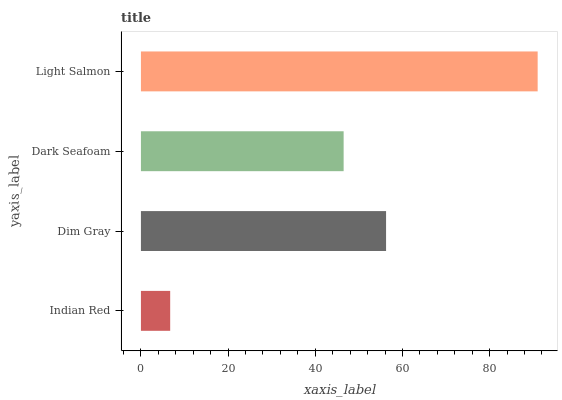
| yaxis_label | bars |
 | --- | --- |
 | Indian Red | 6.71 |
 | Dim Gray | 56.2 |
 | Dark Seafoam | 46.5 |
 | Light Salmon | 91 |